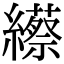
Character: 䌨